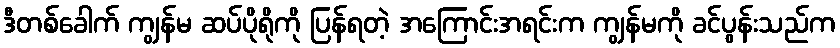
ဒီတစ်ခေါက် ကျွန်မ ဆပ်ပိုရိုကို ပြန်ရတဲ့ အကြောင်းအရင်းက ကျွန်မကို ခင်ပွန်းသည်က